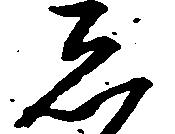
し